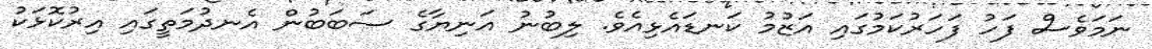
ނަމަވެސް ފަހު ފަހަރުކަމުގައި އަޒުމު ކަނޑައެޅިއެވެ. ލިބުނު އަނިޔާގެ ސަބަބުން އެނދުމަތީގައި އިރުކޮޅަކު